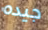
جيده